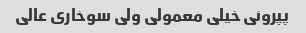
پپرونی خیلی معمولی ولی سوخاری عالی